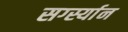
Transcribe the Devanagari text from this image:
सर्ग्स्यान